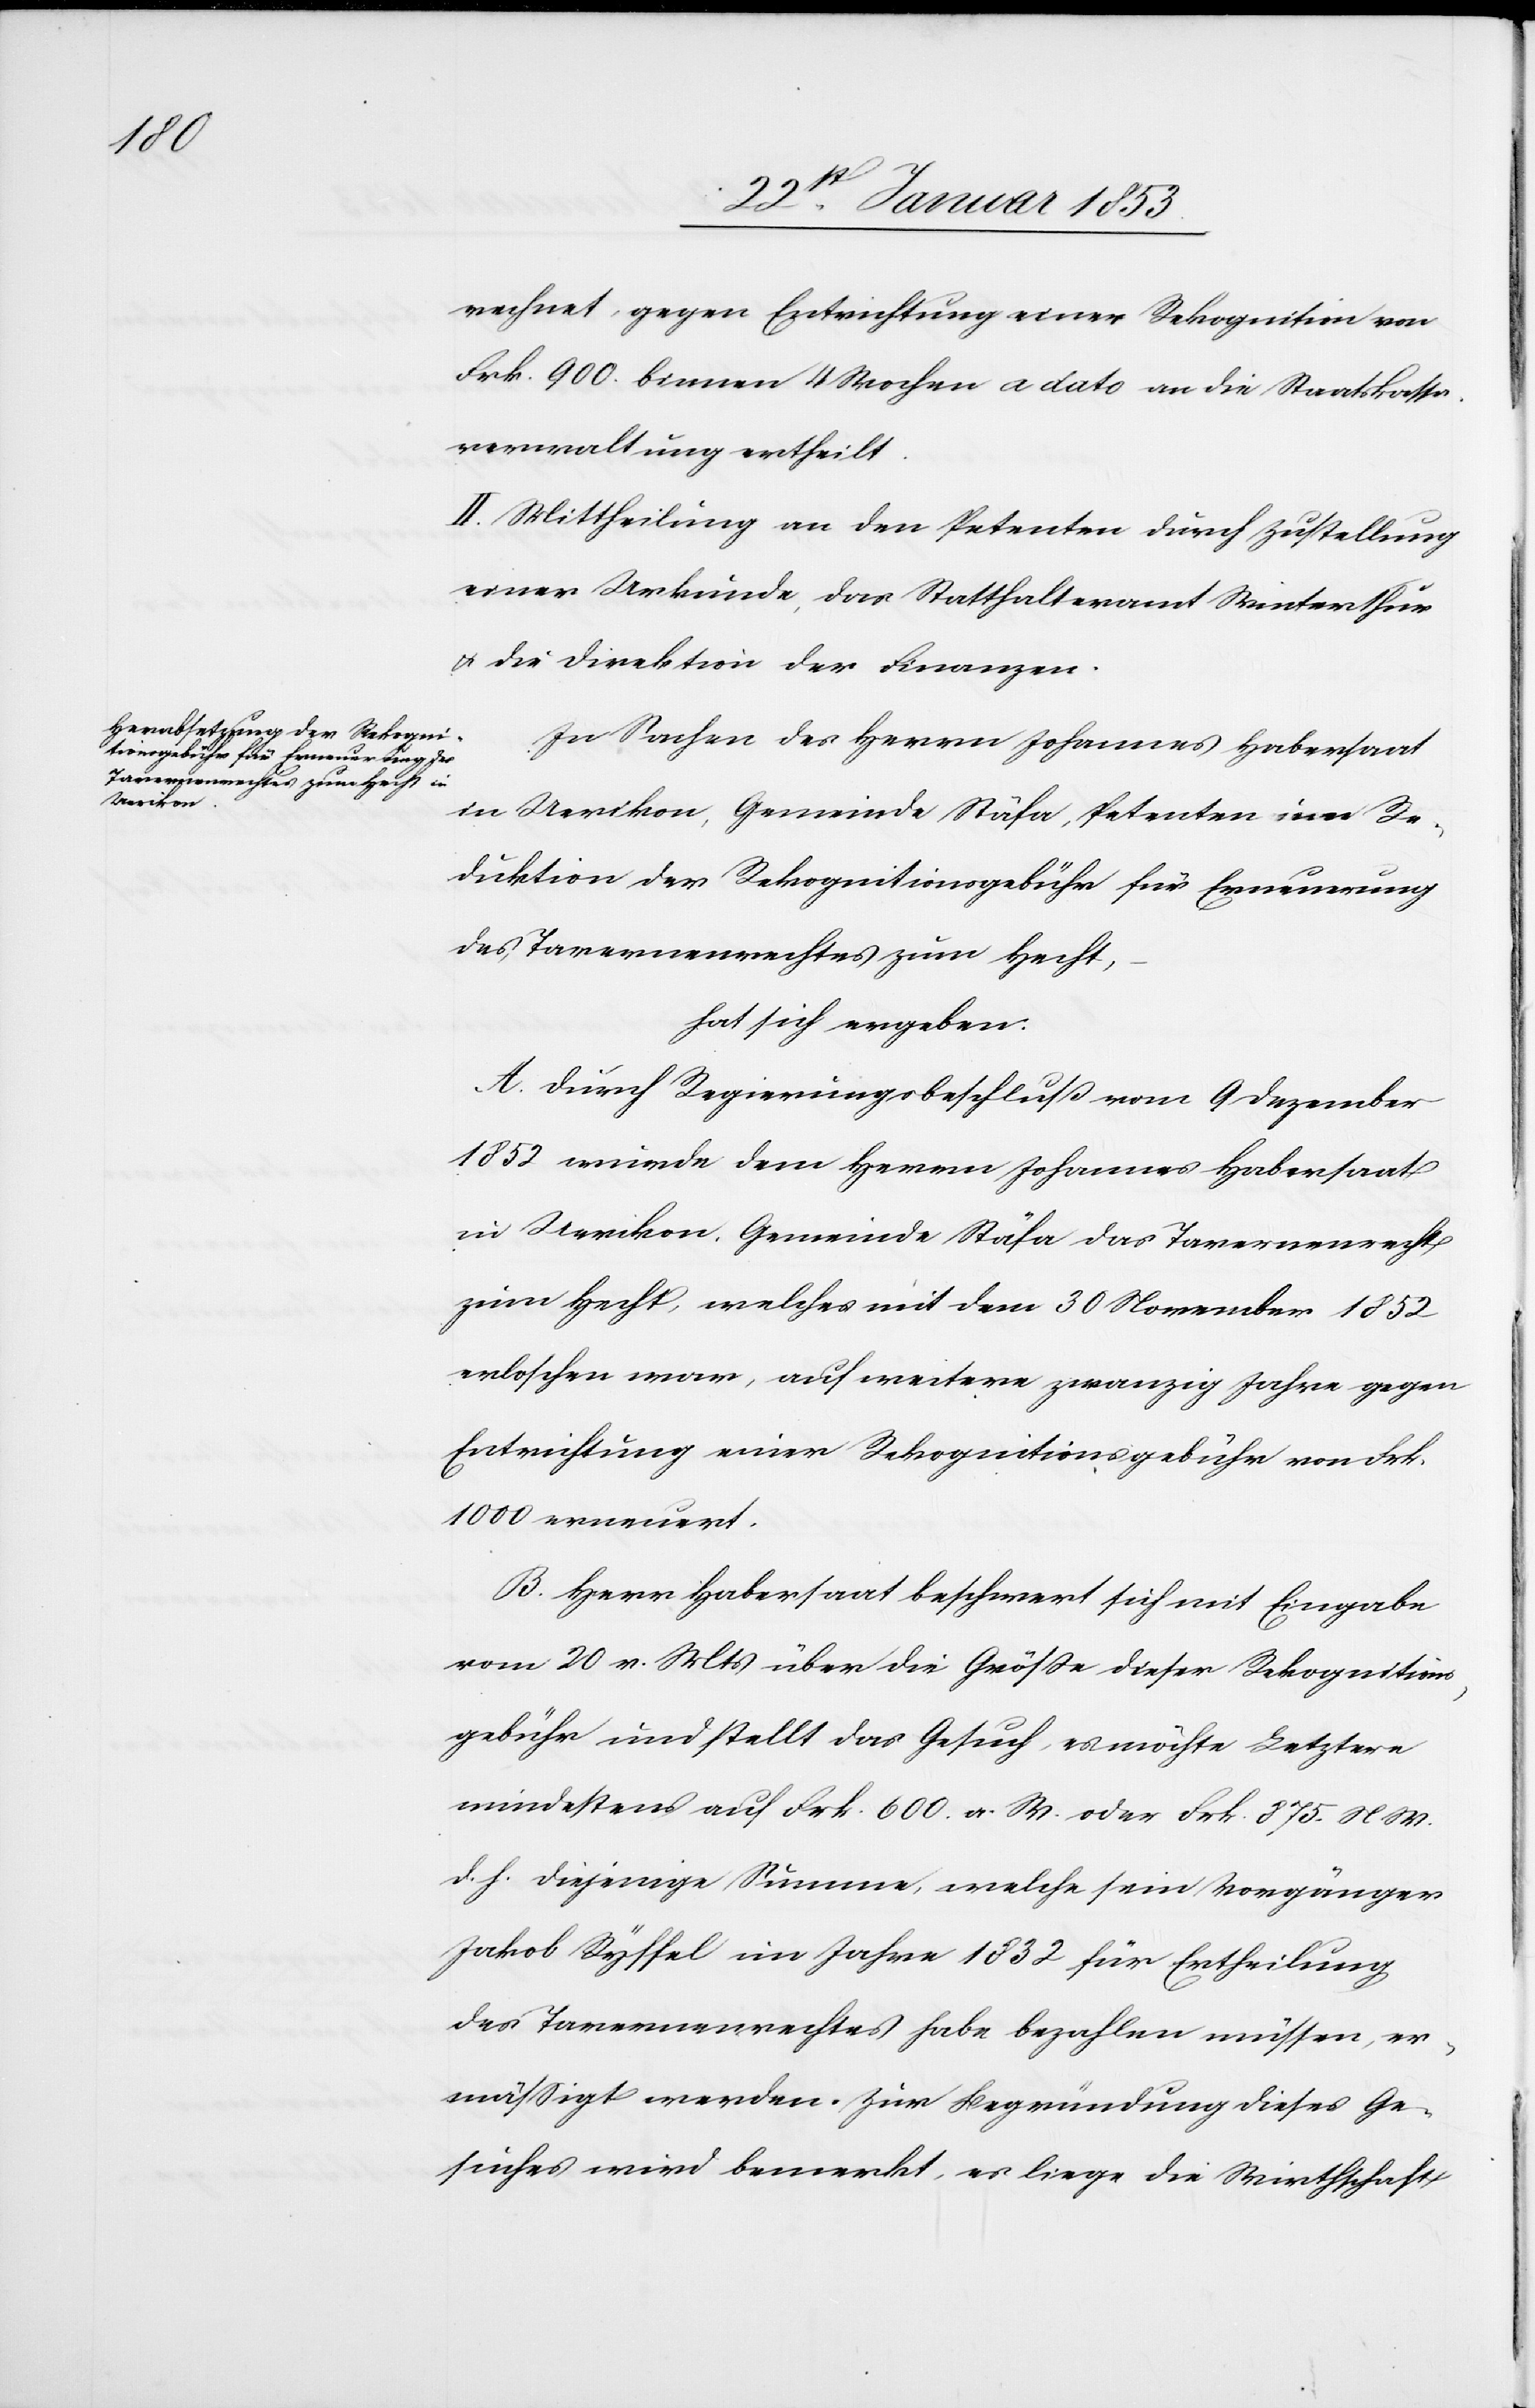
rechnet gegen Entrichtung einer Rekognition von
Frk. 900 binnen 4 Wochen a dato an die Staatskassa¬
verwaltung ertheilt.
II. Mittheilung an den Petenten durch Zustellung
einer Urkunde, des Statthalteramt Winterthur
u. die Direktion der Finanzen.
In Sachen des Herrn Johannes Habersaat
in Uerikon, Gemeinde Stäfa, Petenten um Re¬
duktion der Rekognitionsgebühr für Erneuerung
des Tavernenrechtes zum Hecht,
hat sich ergeben.
A. Durch Regierungsbeschluß vom 9 Dezember
1852. wurde dem Herrn Johannes Habersaat
in Uerikon, Gemeinde Stäfa das Tavernenrecht
zum Hecht, welches mit dem 30 November 1852
erloschen war, auf weitere zwanzig Jahre gegen
Entrichtung einer Rekognitionsgebühr von Frk.
1000 erneuert.
B. Herr Habersaat beschwert sich mit Eingabe
vom 20 v. Mts. über die Grösse dieser Rekognitions¬
gebühr und stellt das Gesuch, es möchte Letztere
mindestens auf Frk. 600. a. W. oder Frk. 875. N. W.
d. h. diejenige Summe, welche seine Vorgänger
Jakob Ryffel im Jahre 1832 für Ertheilung
des Tavernenrechtes habe bezahlen müssen, er¬
mäßigt werden. Zur Begründung dieses Ge¬
suches wird bemerkt, es liege die Wirthschaft